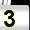
Digit: 3